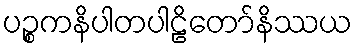
ပဉ္စကနိပါတပါဠိတော်နိဿယ